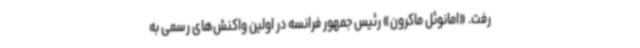
رفت. «امانوئل ماکرون» رئیس جمهور فرانسه در اولین واکنش‌های رسمی به